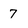
Character: 7